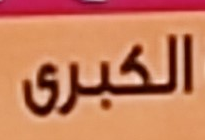
الكبرى